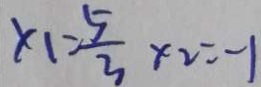
x _ { 1 } = \frac { 5 } { 3 } \times 2 = - 1